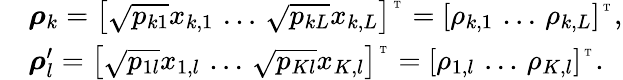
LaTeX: \begin{array}{rl}&{{\boldsymbol{\rho}}_{k}=\left[\sqrt{p_{k1}}x_{k,1}\, \ldots\, \sqrt{p_{kL}}x_{k,L}\right]^{\mathrm{\tiny~\mathrm{T}~}}=\left[\rho_{k,1}\, \ldots\, \rho_{k,L}\right]^{\mathrm{\tiny~\mathrm{T}~}},}\\ &{{\boldsymbol{\rho}}_{l}^{\prime}=\left[\sqrt{p_{1l}}x_{1,l}\, \ldots\, \sqrt{p_{Kl}}x_{K,l}\right]^{\mathrm{\tiny~\mathrm{T}~}}=\left[\rho_{1,l}\, \ldots\, \rho_{K,l}\right]^{\mathrm{\tiny~\mathrm{T}~}}.}\end{array}